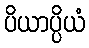
ပိယာပ္ပိယံ